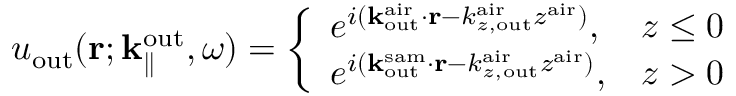
u _ { \mathrm { o u t } } ( { \bf r } ; { \bf k } _ { \parallel } ^ { \mathrm { o u t } } , \omega ) = \left\{ \begin{array} { l l } { e ^ { i ( { \bf k } _ { \mathrm { o u t } } ^ { \mathrm { a i r } } \cdot { \bf r } - k _ { z , \mathrm { o u t } } ^ { \mathrm { a i r } } z ^ { \mathrm { a i r } } ) } , } & { z \leq 0 } \\ { e ^ { i ( { \bf k } _ { \mathrm { o u t } } ^ { \mathrm { s a m } } \cdot { \bf r } - k _ { z , \mathrm { o u t } } ^ { \mathrm { a i r } } z ^ { \mathrm { a i r } } ) } , } & { z > 0 } \end{array} \right.